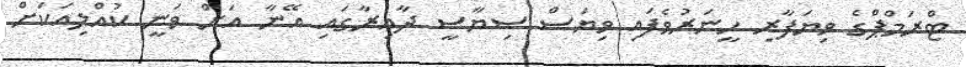
ޓްރަމްޕްގެ ވިޔަފާރި ހީނަރުވެފައި ވިޔަސް ސިޔާސީ ދާއިރާގައި އޭނާ އަށް ވަނީ ކުއްލިއަކަށް